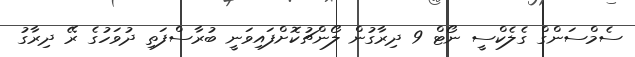
ސެމްސަންގް ގެލެކްސީ ނޯޓް 9 ދިރާގުން ލޯންޗުކޮށްފައިވަނީ ބުރާސްފަތި ދުވަހުގެ ރޭ ދިރާގު